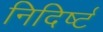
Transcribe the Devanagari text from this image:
निदिर्ष्टं